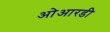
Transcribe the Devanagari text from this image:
ओआरडी